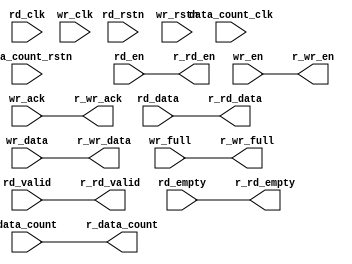
// ***************************************************************************
// ***************************************************************************
// @FILE    util_fifo_pipe.v
// @AUTHOR  JAY CONVERTINO
// @DATE    2021.06.29
// @BRIEF   Pipe fifo signals to help with timing issues, if they arise.
//
// @LICENSE MIT
//  Copyright 2021 Jay Convertino
//
//  Permission is hereby granted, free of charge, to any person obtaining a copy
//  of this software and associated documentation files (the "Software"), to 
//  deal in the Software without restriction, including without limitation the
//  rights to use, copy, modify, merge, publish, distribute, sublicense, and/or 
//  sell copies of the Software, and to permit persons to whom the Software is 
//  furnished to do so, subject to the following conditions:
//
//  The above copyright notice and this permission notice shall be included in 
//  all copies or substantial portions of the Software.
//
//  THE SOFTWARE IS PROVIDED "AS IS", WITHOUT WARRANTY OF ANY KIND, EXPRESS OR 
//  IMPLIED, INCLUDING BUT NOT LIMITED TO THE WARRANTIES OF MERCHANTABILITY, 
//  FITNESS FOR A PARTICULAR PURPOSE AND NONINFRINGEMENT. IN NO EVENT SHALL THE
//  AUTHORS OR COPYRIGHT HOLDERS BE LIABLE FOR ANY CLAIM, DAMAGES OR OTHER 
//  LIABILITY, WHETHER IN AN ACTION OF CONTRACT, TORT OR OTHERWISE, ARISING 
//  FROM, OUT OF OR IN CONNECTION WITH THE SOFTWARE OR THE USE OR OTHER DEALINGS
//  IN THE SOFTWARE.
// ***************************************************************************
// ***************************************************************************

`timescale 1ns/100ps

// FIFO pipe for adding register stages to data output/input(write).
module util_fifo_pipe #(
    parameter RD_SYNC_DEPTH = 0,
    parameter WR_SYNC_DEPTH = 0,
    parameter DC_SYNC_DEPTH = 0,
    parameter BYTE_WIDTH = 1,
    parameter DATA_ZERO  = 0,
    parameter COUNT_WIDTH= 1
  )
  (
    // read interface
    input rd_clk,
    input rd_rstn,
    input rd_en,
    input rd_valid,
    input [(BYTE_WIDTH*8)-1:0] rd_data,
    input rd_empty,
    output r_rd_en,
    output r_rd_valid,
    output [(BYTE_WIDTH*8)-1:0] r_rd_data,
    output r_rd_empty,
    // write interface
    input wr_clk,
    input wr_rstn,
    input wr_en,
    input wr_ack,
    input [(BYTE_WIDTH*8)-1:0] wr_data,
    input wr_full,
    output r_wr_en,
    output r_wr_ack,
    output [(BYTE_WIDTH*8)-1:0] r_wr_data,
    output r_wr_full,
    // data count
    input data_count_clk,
    input data_count_rstn,
    input  [COUNT_WIDTH:0] data_count,
    output [COUNT_WIDTH:0] r_data_count
  );
  
  //for loop unroll index
  integer index;
  
  // Read register arrays
  reg [RD_SYNC_DEPTH-1:0]  reg_rd_valid;
  reg [RD_SYNC_DEPTH-1:0]  reg_rd_empty;
  reg [(BYTE_WIDTH*8)-1:0] reg_rd_data[RD_SYNC_DEPTH-1:0];
  
  // Write register arrays
  reg [WR_SYNC_DEPTH-1:0]  reg_wr_ack;
  reg [WR_SYNC_DEPTH-1:0]  reg_wr_full;
  reg [(BYTE_WIDTH*8)-1:0] reg_wr_data[WR_SYNC_DEPTH-1:0];
  
  // Data count register
  reg [COUNT_WIDTH:0] reg_data_count[DC_SYNC_DEPTH-1:0];

  //generate the correct block
  generate
  // No sync depth defined, just send read through.
  if (RD_SYNC_DEPTH == 0) begin
    assign r_rd_en     = rd_en;
    assign r_rd_valid  = rd_valid;
    assign r_rd_data   = ((rd_valid != 1'b1) && (DATA_ZERO > 0) ? 0 : rd_data);
    assign r_rd_empty  = rd_empty;
  end
  
  // No sync depth defined, just send write through.
  if (WR_SYNC_DEPTH == 0) begin
    assign r_wr_en     = wr_en;
    assign r_wr_ack    = wr_ack;
    assign r_wr_data   = wr_data;
    assign r_wr_full   = wr_full;
  end
  
  // No sync depth defined, just send data count through
  if (DC_SYNC_DEPTH == 0) begin
    assign r_data_count = data_count;
  end
  
  // Sync depth defined, create register pipe for read.
  if (RD_SYNC_DEPTH > 0) begin
    assign r_rd_en     = rd_en;
    assign r_rd_valid  = reg_rd_valid[RD_SYNC_DEPTH-1];
    assign r_rd_data   = ((rd_valid != 1'b1) && (DATA_ZERO > 0) ? 0 : reg_rd_data[RD_SYNC_DEPTH-1]);
    assign r_rd_empty  = reg_rd_empty[RD_SYNC_DEPTH-1];
    
    always @(posedge rd_clk) begin
      if(rd_rstn == 1'b0) begin
        reg_rd_valid <= 0;
        reg_rd_empty <= 0;
        
        for(index = 0; index < RD_SYNC_DEPTH; index = index + 1) begin
          reg_rd_data[index] <= 0;
        end
      end else begin
        reg_rd_valid[0] <= rd_valid;
        reg_rd_data[0]  <= rd_data;
        reg_rd_empty[0] <= rd_empty;
        
        //synth eliminates null vectors
        for(index = 0; index < RD_SYNC_DEPTH; index = index + 1) begin
          reg_rd_valid[index] <= reg_rd_valid[index-1];
          reg_rd_data[index]  <= reg_rd_data[index-1];
          reg_rd_empty[index] <= reg_rd_empty[index-1];
        end
      end
    end
  end
  
  // Sync depth defined, create register pipe for write.
  if (WR_SYNC_DEPTH > 0) begin
    assign r_wr_en   = wr_en;
    assign r_wr_ack  = reg_wr_ack[WR_SYNC_DEPTH-1];
    assign r_wr_data = reg_wr_data[WR_SYNC_DEPTH-1];
    assign r_wr_full = reg_wr_full[WR_SYNC_DEPTH-1];
  
    always @(posedge wr_clk) begin
      if(wr_rstn == 1'b0) begin
        reg_wr_ack  <= 0;
        reg_wr_full <= 0;
        
        for(index = 0; index < WR_SYNC_DEPTH; index = index + 1) begin
          reg_wr_data[index] <= 0;
        end
      end else begin
        reg_wr_ack[0]   <= wr_ack;
        reg_wr_data[0]  <= wr_data;
        reg_wr_full[0]  <= wr_full;
        
        //synth eliminates null vectors
        for(index = 0; index < WR_SYNC_DEPTH; index = index + 1) begin
          reg_wr_ack[index] <= reg_wr_ack[index-1];
          reg_wr_data[index]  <= reg_wr_data[index-1];
          reg_wr_full[index] <= reg_wr_full[index-1];
        end
      end
    end
  end
  
  // Sync depth defined, create register pipe for data count.
  if (DC_SYNC_DEPTH > 0) begin
    assign r_data_count = reg_data_count[DC_SYNC_DEPTH-1];
    
    always @(posedge data_count_clk) begin
      if(data_count_rstn == 1'b0) begin
        for(index = 0; index < WR_SYNC_DEPTH; index = index + 1) begin
          reg_data_count[index] <= 0;
        end
      end else begin
        reg_data_count[0] <= data_count;
        
        for(index = 0; index < WR_SYNC_DEPTH; index = index + 1) begin
          reg_data_count[index] <= reg_data_count[index-1];
        end
      end
    end
  end
  endgenerate
  
endmodule